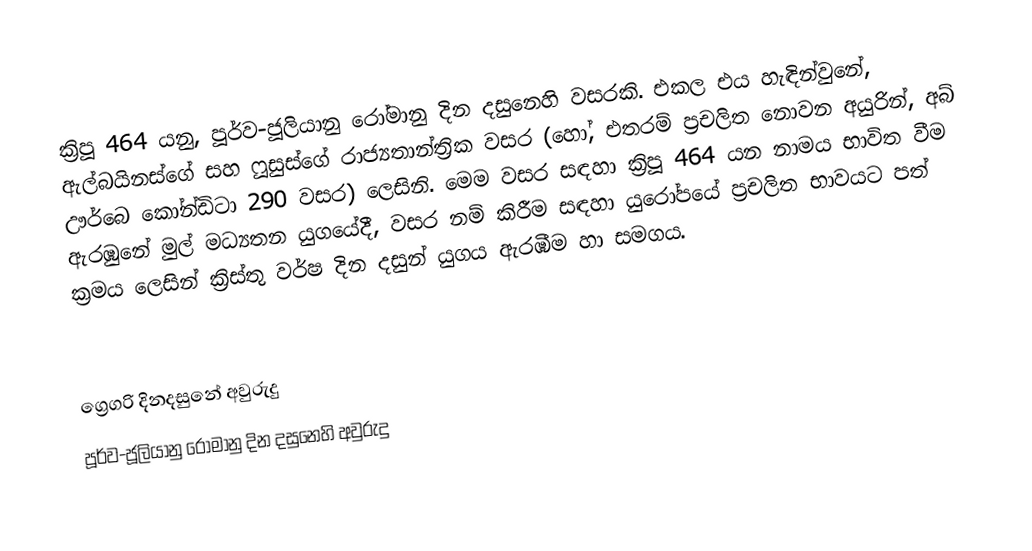

ක්‍රිපූ 464 යනු, පූර්ව-ජූලියානු රෝමානු දින දසුනෙහි වසරකි. එකල එය හැඳින්වුනේ, ඇල්බයිනස්ගේ සහ ෆූසුස්ගේ රාජ්‍යතාන්ත්‍රික වසර (හෝ, එතරම් ප්‍රචලිත නොවන අයුරින්, අබ් ඌර්බෙ කෝන්ඩිටා 290 වසර) ලෙසිනි. මෙම වසර සඳහා ක්‍රිපූ 464 යන නාමය භාවිත වීම ඇරඹුනේ මුල්  මධ්‍යතන යුගයේදී, වසර නම් කිරීම සඳහා යුරෝපයේ ප්‍රචලිත භාවයට පත් ක්‍රමය ලෙසින් ක්‍රිස්තු වර්ෂ දින දසුන් යුගය ඇරඹීම හා සමගය.

ග්‍රෙගරි දිනදසුනේ අවුරුදු
පූර්ව-ජූලියානු රෝමානු දින දසුනෙහි අවුරුදු